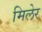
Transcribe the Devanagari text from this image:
मिलेर